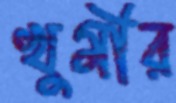
খুমীর